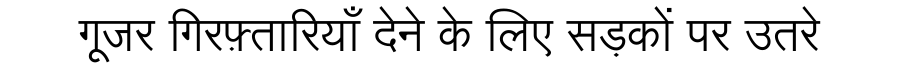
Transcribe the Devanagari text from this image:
गूजर गिरफ़्तारियाँ देने के लिए सड़कों पर उतरे